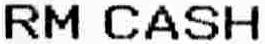
RM CASH